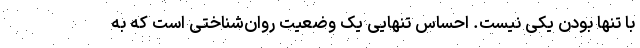
با تنها بودن یکی نیست. احساس تنهایی یک وضعیت روان‌شناختی است که به